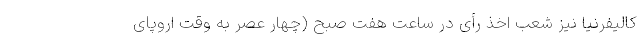
کالیفرنیا نیز شعب اخذ رأی در ساعت هفت صبح (چهار عصر به وقت اروپای